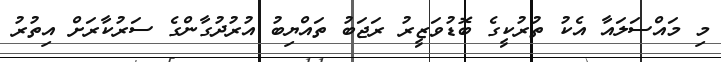
މި މައްސަލައާ އެކު ތުރުކީގެ ބޮޑުވަޒީރު ރަޖަބު ތައްޔިބު އުރުދުގާންގެ ސަރުކާރަށް އިތުރު